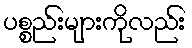
ပစ္စည်းများကိုလည်း